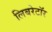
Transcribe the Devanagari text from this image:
लिबरेटॉर